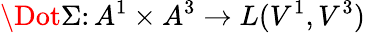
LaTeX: \Dot{\Sigma}\colon A^{1}\times A^{3}\to L(V^{1},V^{3})